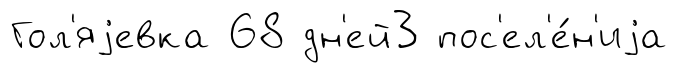
Гол'яjевка 68 дн'ей3 пос'ел'е́н'иjа